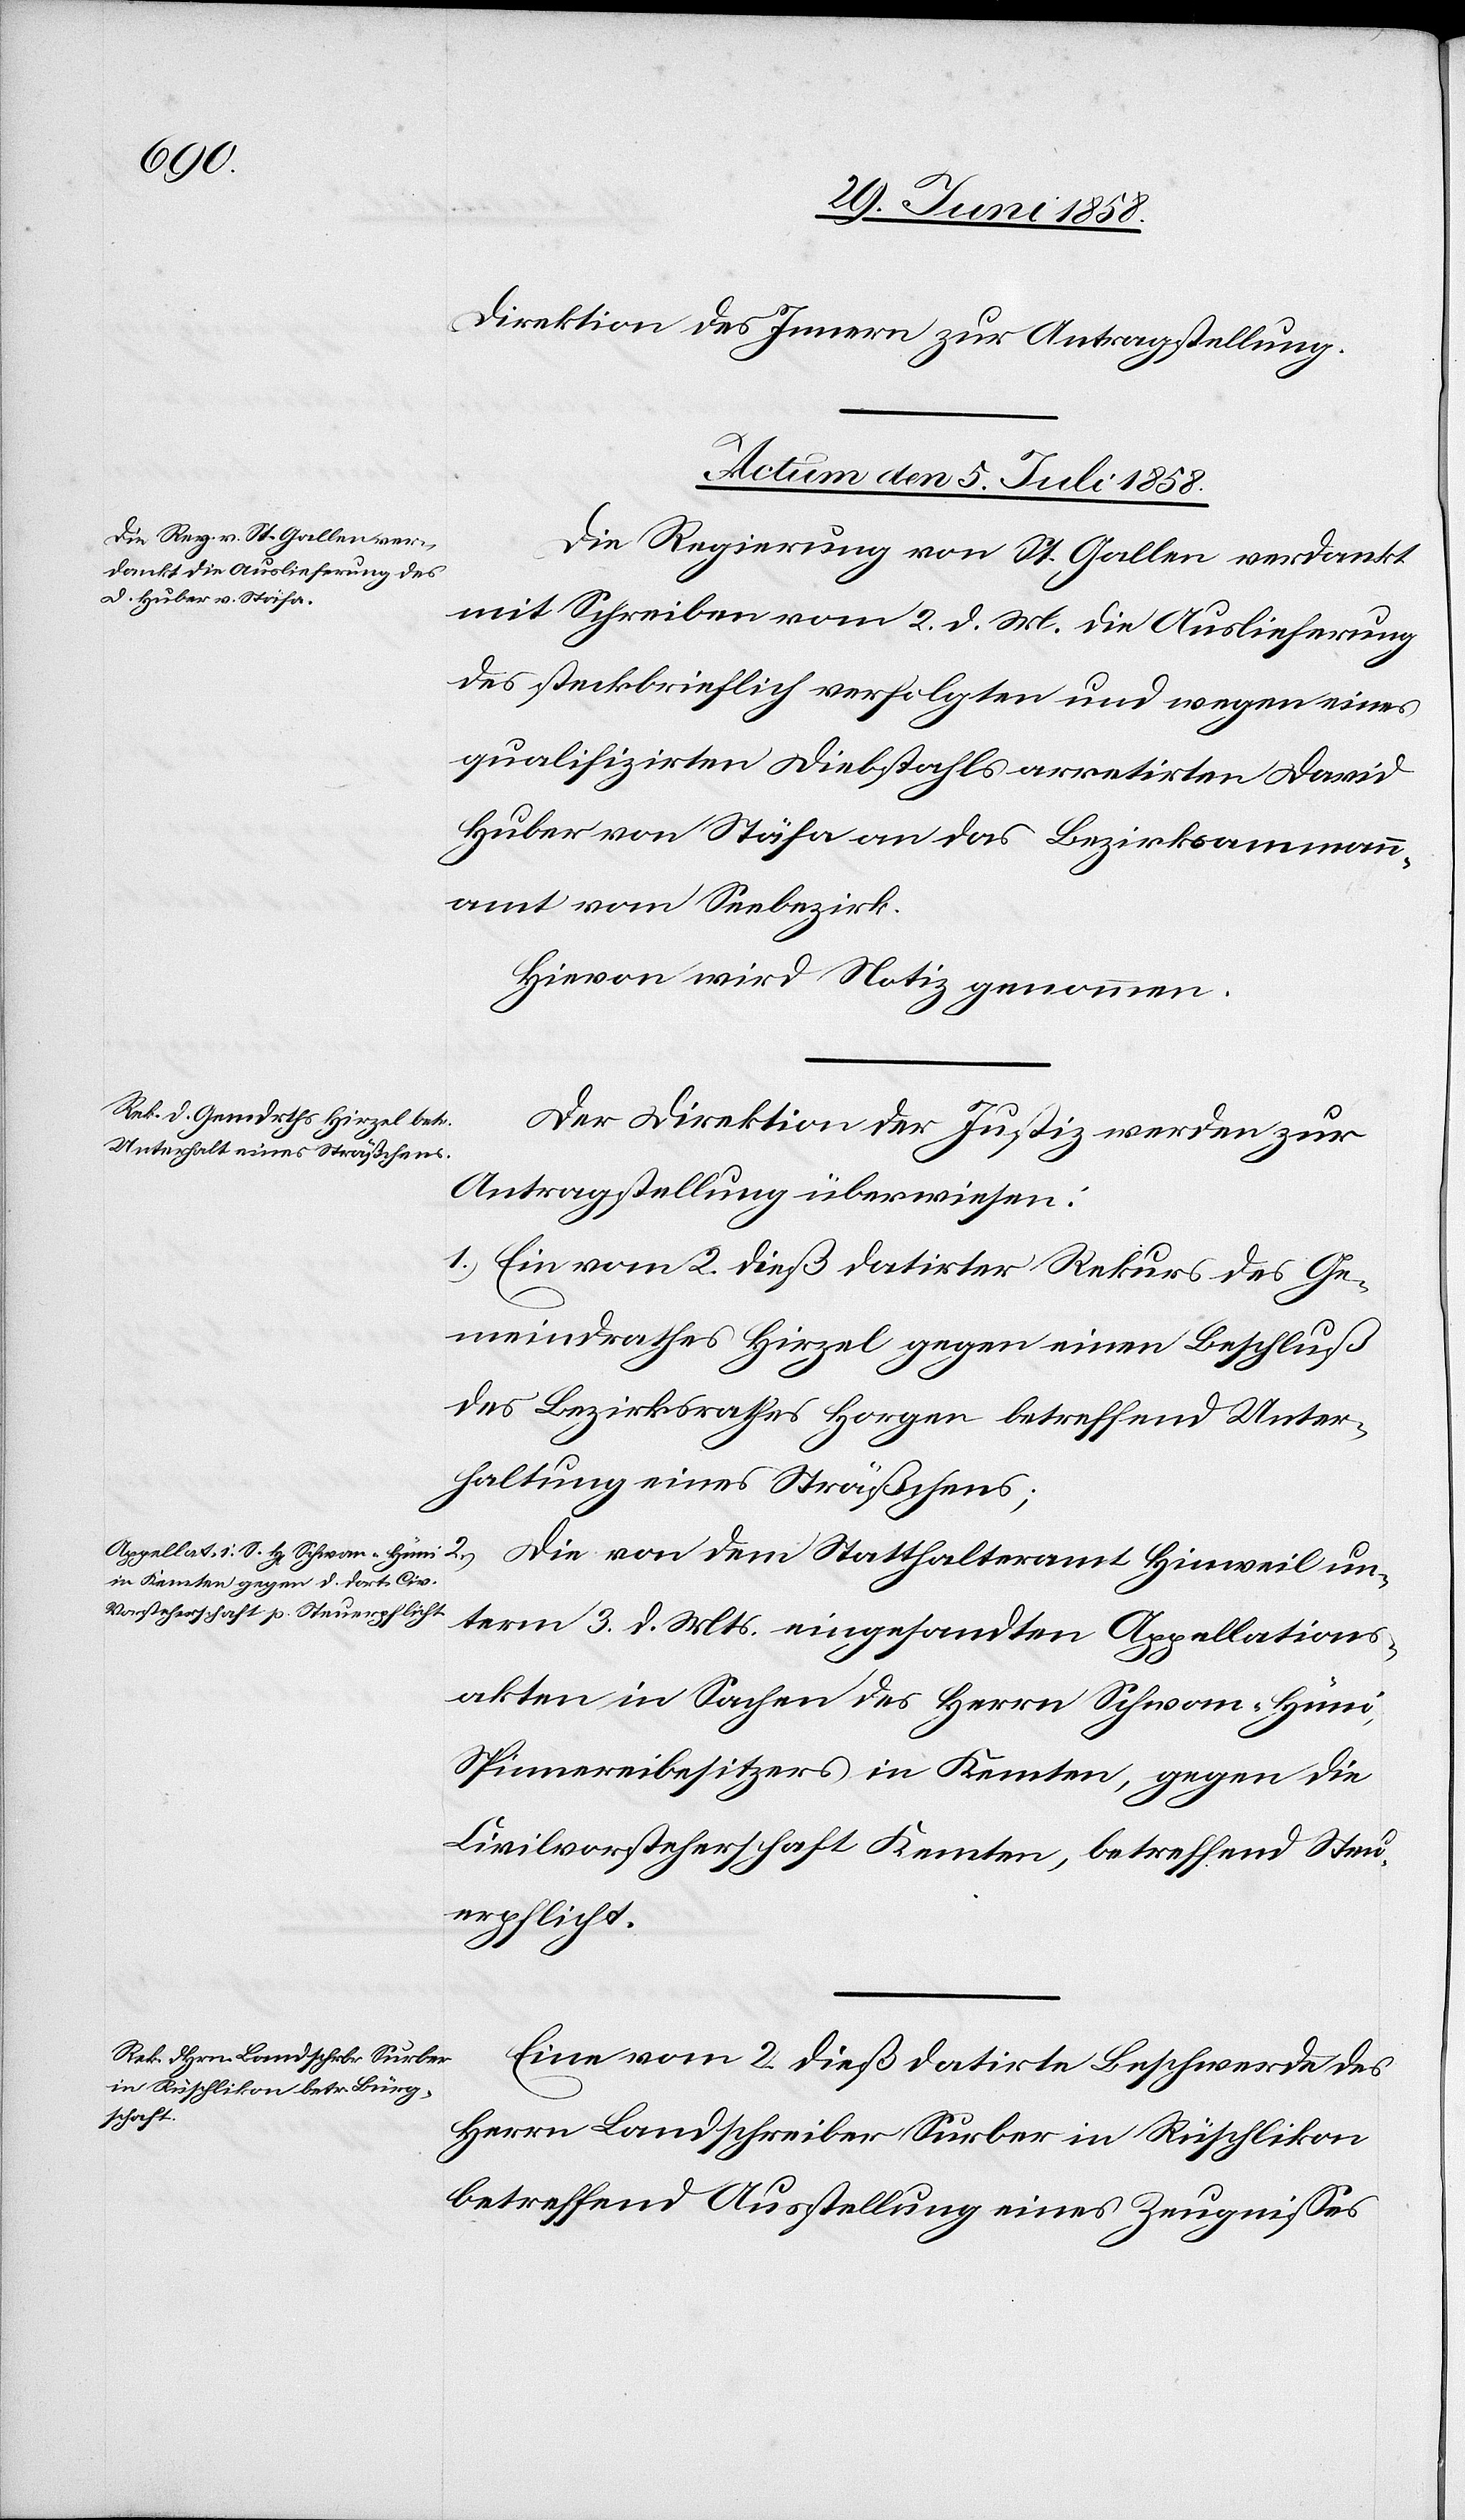
Direktion des Innern zur Antragstellung.
2.)
Actum den 5. Juli 1858.]
Die Regierung von St. Gallen verdankt
mit Schreiben vom 2. d. M. die Auslieferung
des steckbrieflich verfolgten und wegen eines
qualifizirten Diebstahls arretirten David
Huber von Stäfa an das Bezirksammann¬
amt vom Seebezirk.
Hievon wird Notiz genommen.
Der Direktion der Justiz werden zur
Antragstellung überwiesen:
1.) Ein vom 2. dieß datirter Rekurs des Ge¬
meindrathes Hirzel gegen einen Beschluß
des Bezirksrathes Horgen betreffend Unter¬
haltung eines Sträßchens;
Die von dem Statthalteramt Hinweil un¬
term 3. d. Mts. eingesandten Appellations¬
akten in Sachen des Herrn Schwan-Hüni,
Spinnereibesitzers in Kemten, gegen die
Civilvorsteherschaft Kemten, betreffend Steu¬
erpflicht.
Eine vom 2. dieß datirte Beschwerde des
Herrn Landschreiber Surber in Rüschlikon
betreffend Ausstellung eines Zeugnisses